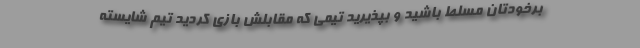
برخودتان مسلط باشید و بپذیرید تیمی که مقابلش بازی کردید تیم شایسته